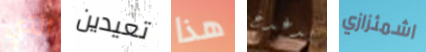
الذي تعيدين هذا يدغدغ اشمئزازي